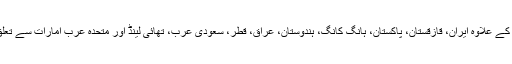
جو کرغیزستان کے علاوہ ایران، قازقستان، پاکستان، ہانگ کانگ، ہندوستان، عراق، قطر، سعودی عرب، تھائی لینڈ اور متحدہ عرب امارات سے تعلق رکھتے تھے۔